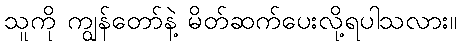
သူကို ကျွန်တော်နဲ့ မိတ်ဆက်ပေးလို့ရပါသလား။